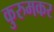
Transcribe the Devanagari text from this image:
कुरुमकर